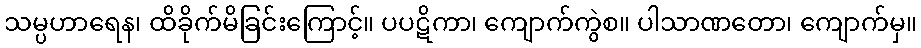
သမ္ပဟာရေန၊ ထိခိုက်မိခြင်းကြောင့်။ ပပဋိကာ၊ ကျောက်ကွဲစ။ ပါသာဏတော၊ ကျောက်မှ။